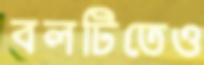
বলটিতেও